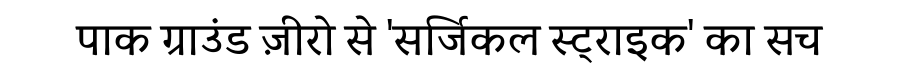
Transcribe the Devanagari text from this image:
पाक ग्राउंड ज़ीरो से 'सर्जिकल स्ट्राइक' का सच